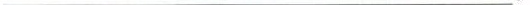
___